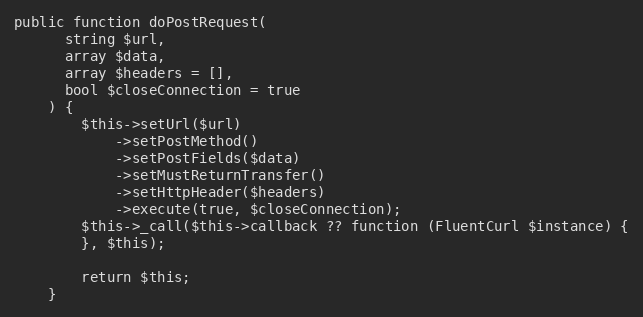
Language: PHP
public function doPostRequest(
      string $url,
      array $data,
      array $headers = [],
      bool $closeConnection = true
    ) {
        $this->setUrl($url)
            ->setPostMethod()
            ->setPostFields($data)
            ->setMustReturnTransfer()
            ->setHttpHeader($headers)
            ->execute(true, $closeConnection);
        $this->_call($this->callback ?? function (FluentCurl $instance) {
        }, $this);

        return $this;
    }